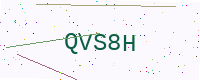
Text: QVS8H